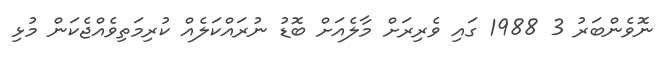
ނޮވެންބަރު 3 1988 ގައި ވެރިރަށް މާލެއަށް ބޮޑު ނުރައްކަލެއް ކުރިމަތިވެއްޖެކަން މުޅި